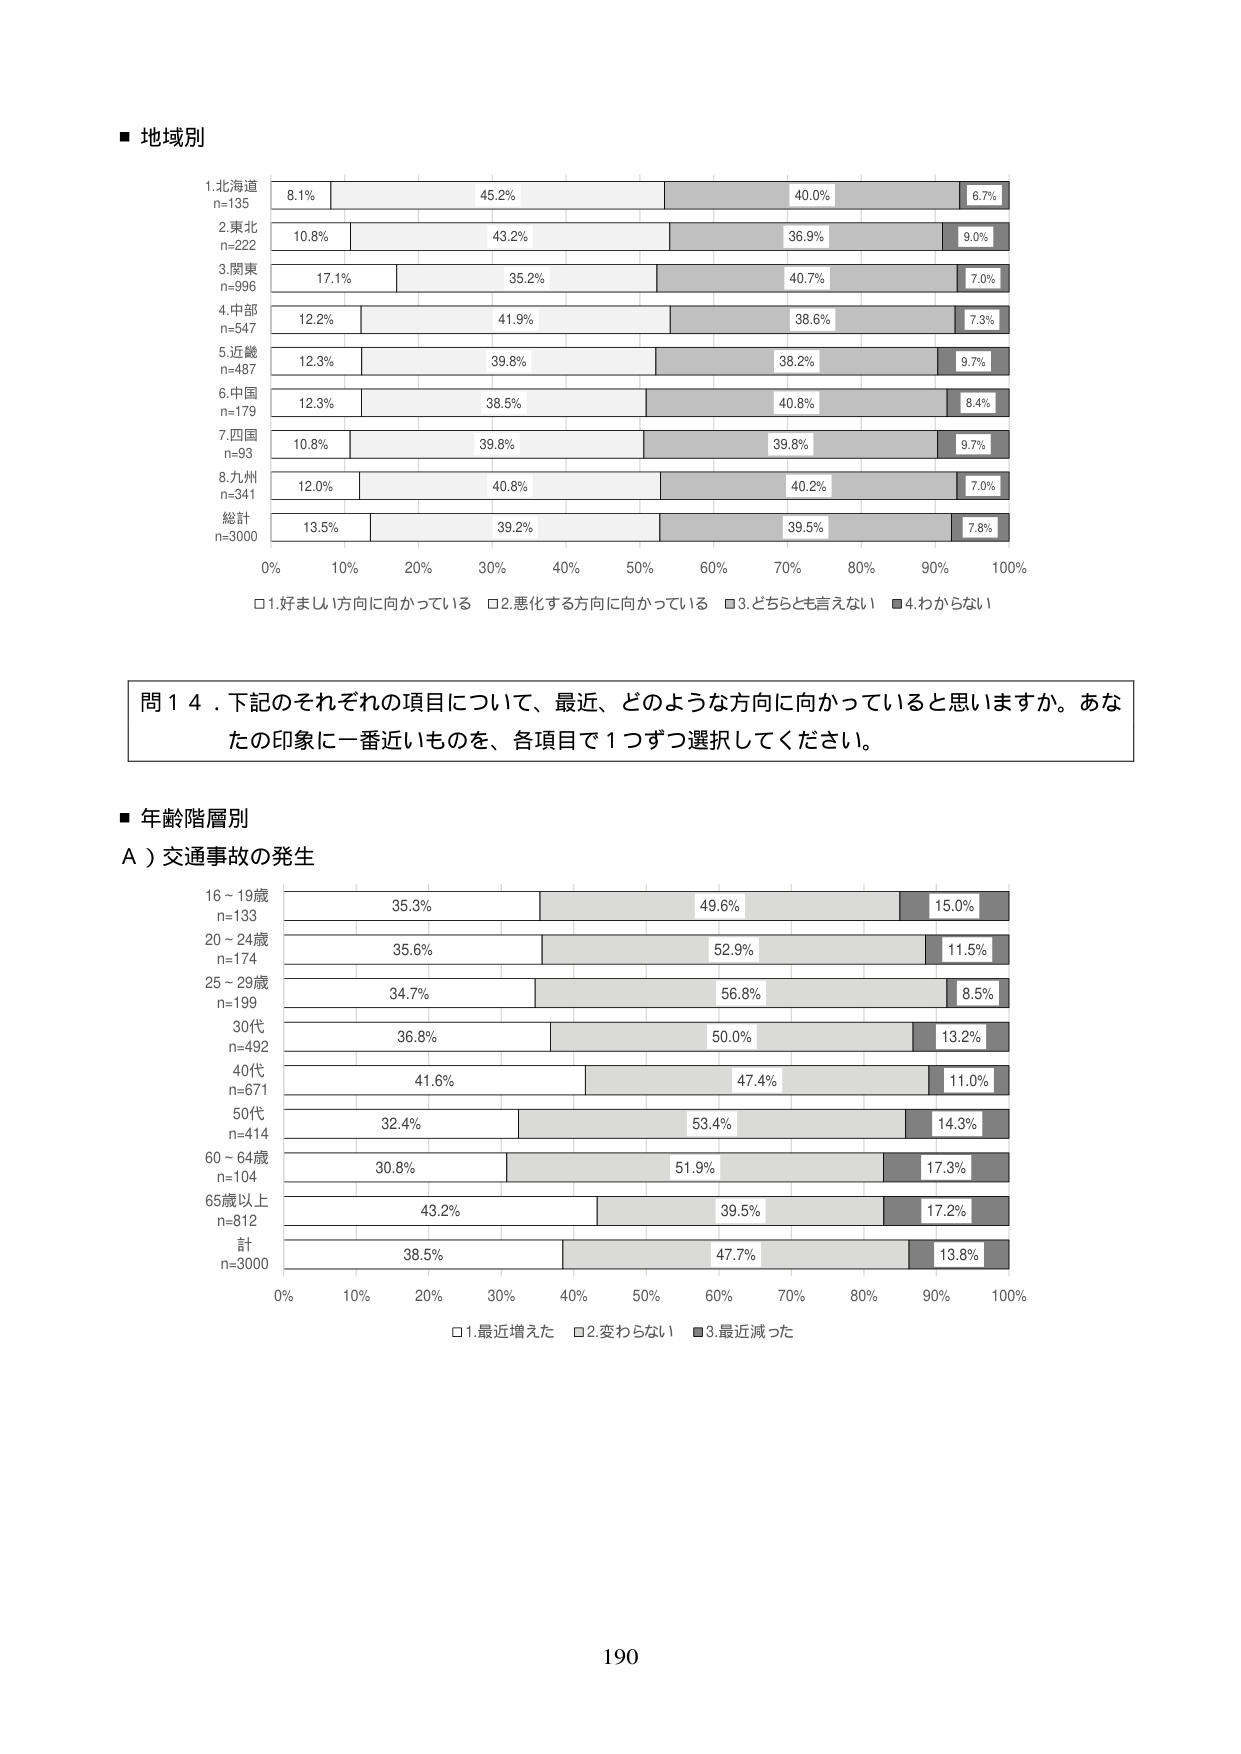
■ 地域別

1. 北海道
n=135
8.1% 45.2% 40.0% 6.7%

2. 東北
n=222
10.8% 43.2% 36.9% 9.0%

3. 関東
n=996
17.1% 35.2% 40.7% 7.0%

4. 中部
n=547
12.2% 41.9% 38.6% 7.3%

5. 近畿
n=487
12.3% 39.8% 38.2% 9.7%

6. 中国
n=179
12.3% 38.5% 40.8% 8.4%

7. 四国
n=93
10.8% 39.8% 39.8% 9.7%

8. 九州
n=341
12.0% 40.8% 40.2% 7.0%

総計
n=3000
13.5% 39.2% 39.5% 7.8%

0% 10% 20% 30% 40% 50% 60% 70% 80% 90% 100%
□1. 好ましい方向に向かっている □2. 悪化する方向に向かっている □3. どちらとも言えない ■4. わからない

問14．下記のそれぞれの項目について、最近、どのような方向に向かっていると思いますか。あなたの印象に一番近いものを、各項目で1つずつ選択してください。

■ 年齢階層別
A）交通事故の発生

16～19歳
n=133
35.3% 49.6% 15.0%

20～24歳
n=174
35.6% 52.9% 11.5%

25～29歳
n=199
34.7% 56.8% 8.5%

30代
n=492
36.8% 50.0% 13.2%

40代
n=671
41.6% 47.4% 11.0%

50代
n=414
32.4% 53.4% 14.3%

60～64歳
n=104
30.8% 51.9% 17.3%

65歳以上
n=812
43.2% 39.5% 17.2%

計
n=3000
38.5% 47.7% 13.8%

0% 10% 20% 30% 40% 50% 60% 70% 80% 90% 100%
□1. 最近増えた □2. 変わらない ■3. 最近減った

190